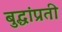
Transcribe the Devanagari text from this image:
बुद्धांप्रती